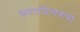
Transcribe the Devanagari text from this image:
समरादित्यकथा